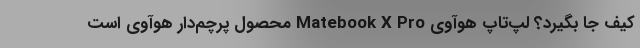
کیف جا بگیرد؟ لپ‌تاپ هوآوی Matebook X Pro محصول پرچم‌دار هوآوی است